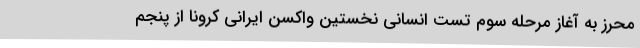
محرز به آغاز مرحله سوم تست انسانی نخستین واکسن ایرانی کرونا از پنجم